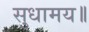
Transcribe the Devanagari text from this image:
सुधामय॥